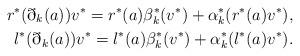
LaTeX: \begin{align*} r^*(\eth_k(a)) v^* = r^*(a) \beta_k^*(v^*) + \alpha_k^* (r^*(a)v^*), \\ l^*(\eth_k(a)) v^* = l^*(a) \beta_k^*(v^*) + \alpha_k^* (l^*(a)v^*). \end{align*}